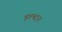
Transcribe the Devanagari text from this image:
हल्ब्दन